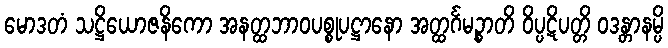
မောဒတံ သဋ္ဌိယောဇနိကော အနတ္ထဘာဝပစ္စုပဋ္ဌာနော အတ္ထင်္ဂမဉ္စာတိ ဝိပ္ပဋိပတ္တိ ဝဒန္တာနမ္ပိ